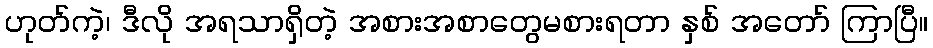
ဟုတ်ကဲ့၊ ဒီလို အရသာရှိတဲ့ အစားအစာတွေမစားရတာ နှစ် အတော် ကြာပြီ။